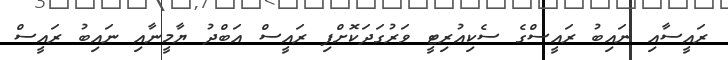
ރައީސާއި ނައިބު ރައީސްގެ ސެކިއުރިޓީ ވަރުގަދަކޮށްފި ރައީސް އަބްދު ޔާމީނާއި ނައިބު ރައީސް